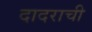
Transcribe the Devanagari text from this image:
दादराची